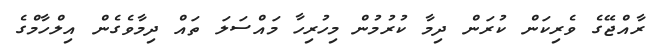
ރާއްޖޭގެ ވެރިކަން ކުރަން ދިމާ ކުރުމުން މިހުރިހާ މައްސަލަ ތައް ދިމާވެގެން އިލްހާމްގެ